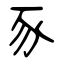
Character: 豕